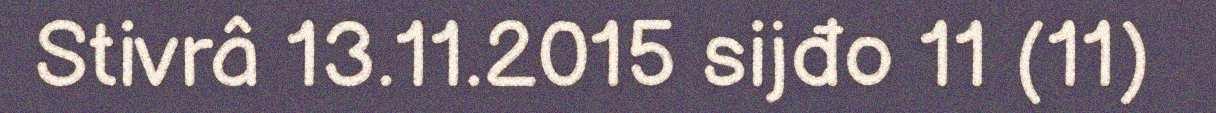
Stivrâ 13.11.2015 sijđo 11 (11)